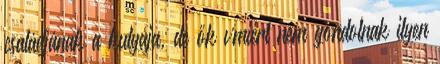
családjának a kutyája, de ők vmiért nem gondolnak ilyen